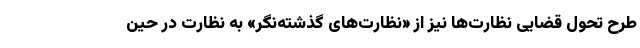
طرح تحول قضایی نظارت‌ها نیز از «نظارت‌های گذشته‌نگر» به نظارت در حین